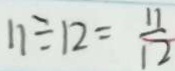
1 1 \div 1 2 = \frac { 1 1 } { 1 2 }